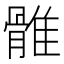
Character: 𩀜